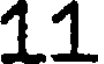
11